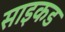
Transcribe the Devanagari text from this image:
साइकड